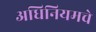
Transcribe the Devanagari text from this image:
अधिनियमचे